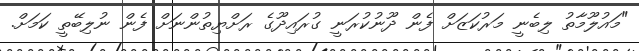
"މައުލޫމާތު ލިބެނީ މަރުކަޒަށް ފެން ދޫނުކުރަނީ ގުރައިދޫގެ ރަށްޔިތުންނަށް ފެން ނުލިބޭތީ ކަމަށް.